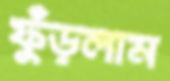
ফুঁড়লাম